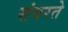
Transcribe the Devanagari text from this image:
संवरते